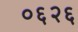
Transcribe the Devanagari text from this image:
०६२६